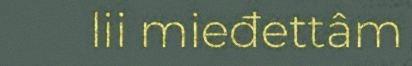
lii mieđettâm